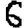
Digit: 6